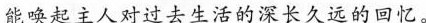
能唤起主人对过去生活的深长久远的回忆。